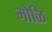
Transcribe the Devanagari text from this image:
मोळि